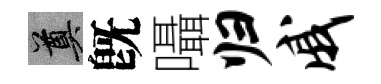
奠旣囁归戚